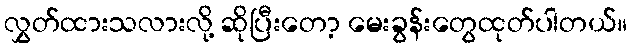
လွှတ်ထားသလားလို့ ဆိုပြီးတော့ မေးခွန်းတွေထုတ်ပါတယ်။